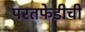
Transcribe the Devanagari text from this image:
परतफेडीची